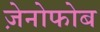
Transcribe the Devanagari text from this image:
ज़ेनोफोब